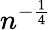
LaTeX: n^{-{\frac{1}{4}}}